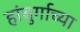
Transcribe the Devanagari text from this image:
हांबुर्गाच्या